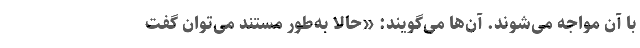
با آن مواجه می‌شوند. آن‌ها می‌گویند: «حالا به‌طور مستند می‌توان گفت